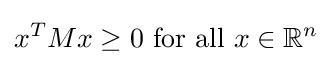
x^{T}Mx\geq 0{\text{ for all }}x\in \mathbb {R} ^{n}